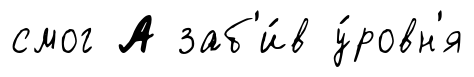
смог А заб'и́в у́ровн'я